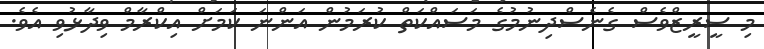
މި ސީރީޒްވެސް ގެނެސްދިނުމުގެ މަސައްކަތް ކުރަމުން އަންނަ ކަމަށް އިކްރާމް ވިދާޅުވި އެވެ.